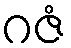
ဂဇံ